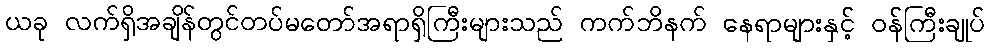
ယခု လက်ရှိအချိန်တွင်တပ်မတော်အရာရှိကြီးများသည် ကက်ဘိနက် နေရာများနှင့် ဝန်ကြီးချုပ်